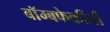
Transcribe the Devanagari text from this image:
बॉम्बफेकींनी